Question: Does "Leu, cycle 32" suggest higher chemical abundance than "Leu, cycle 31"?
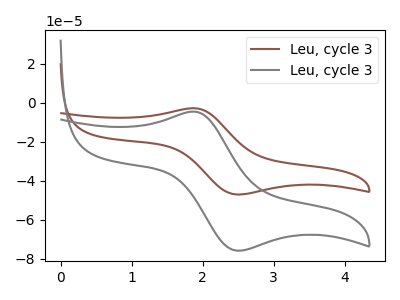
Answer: <think>The brown curve "Leu, cycle 31" has an anodic peak at (1.90V, -2.85uA) and a cathodic peak at (2.50V, -47.00uA). The gray curve "Leu, cycle 32" has an anodic peak at (1.90V, -4.60uA) and a cathodic peak at (2.50V, -75.70uA).
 All the peaks in "Leu, cycle 32" have a peak in "Leu, cycle 31" at the same potential.</think>
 <answer>I cant tell if "Leu, cycle 32" or "Leu, cycle 31" has more signal.</answer>
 <eval>mixed_signal</eval>